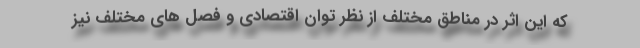
که این اثر در مناطق مختلف از نظر توان اقتصادی و فصل های مختلف نیز